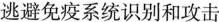
逃避免疫系统识别和攻击